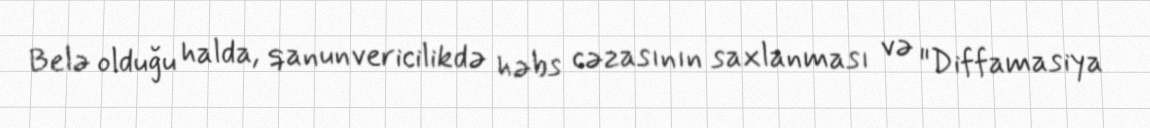
Belə olduğu halda, qanunvericilikdə həbs cəzasının saxlanması və "Diffamasiya